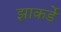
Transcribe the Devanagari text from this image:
झाकर्डे